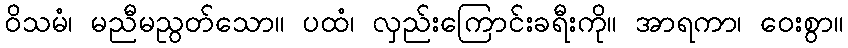
ဝိသမံ၊ မညီမညွတ်သော။ ပထံ၊ လှည်းကြောင်းခရီးကို။ အာရကာ၊ ဝေးစွာ။